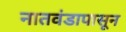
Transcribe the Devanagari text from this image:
नातवंडापासून